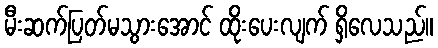
မီးဆက်ပြတ်မသွားအောင် ထိုးပေးလျက် ရှိလေသည်။